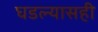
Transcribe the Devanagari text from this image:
घडल्यासही